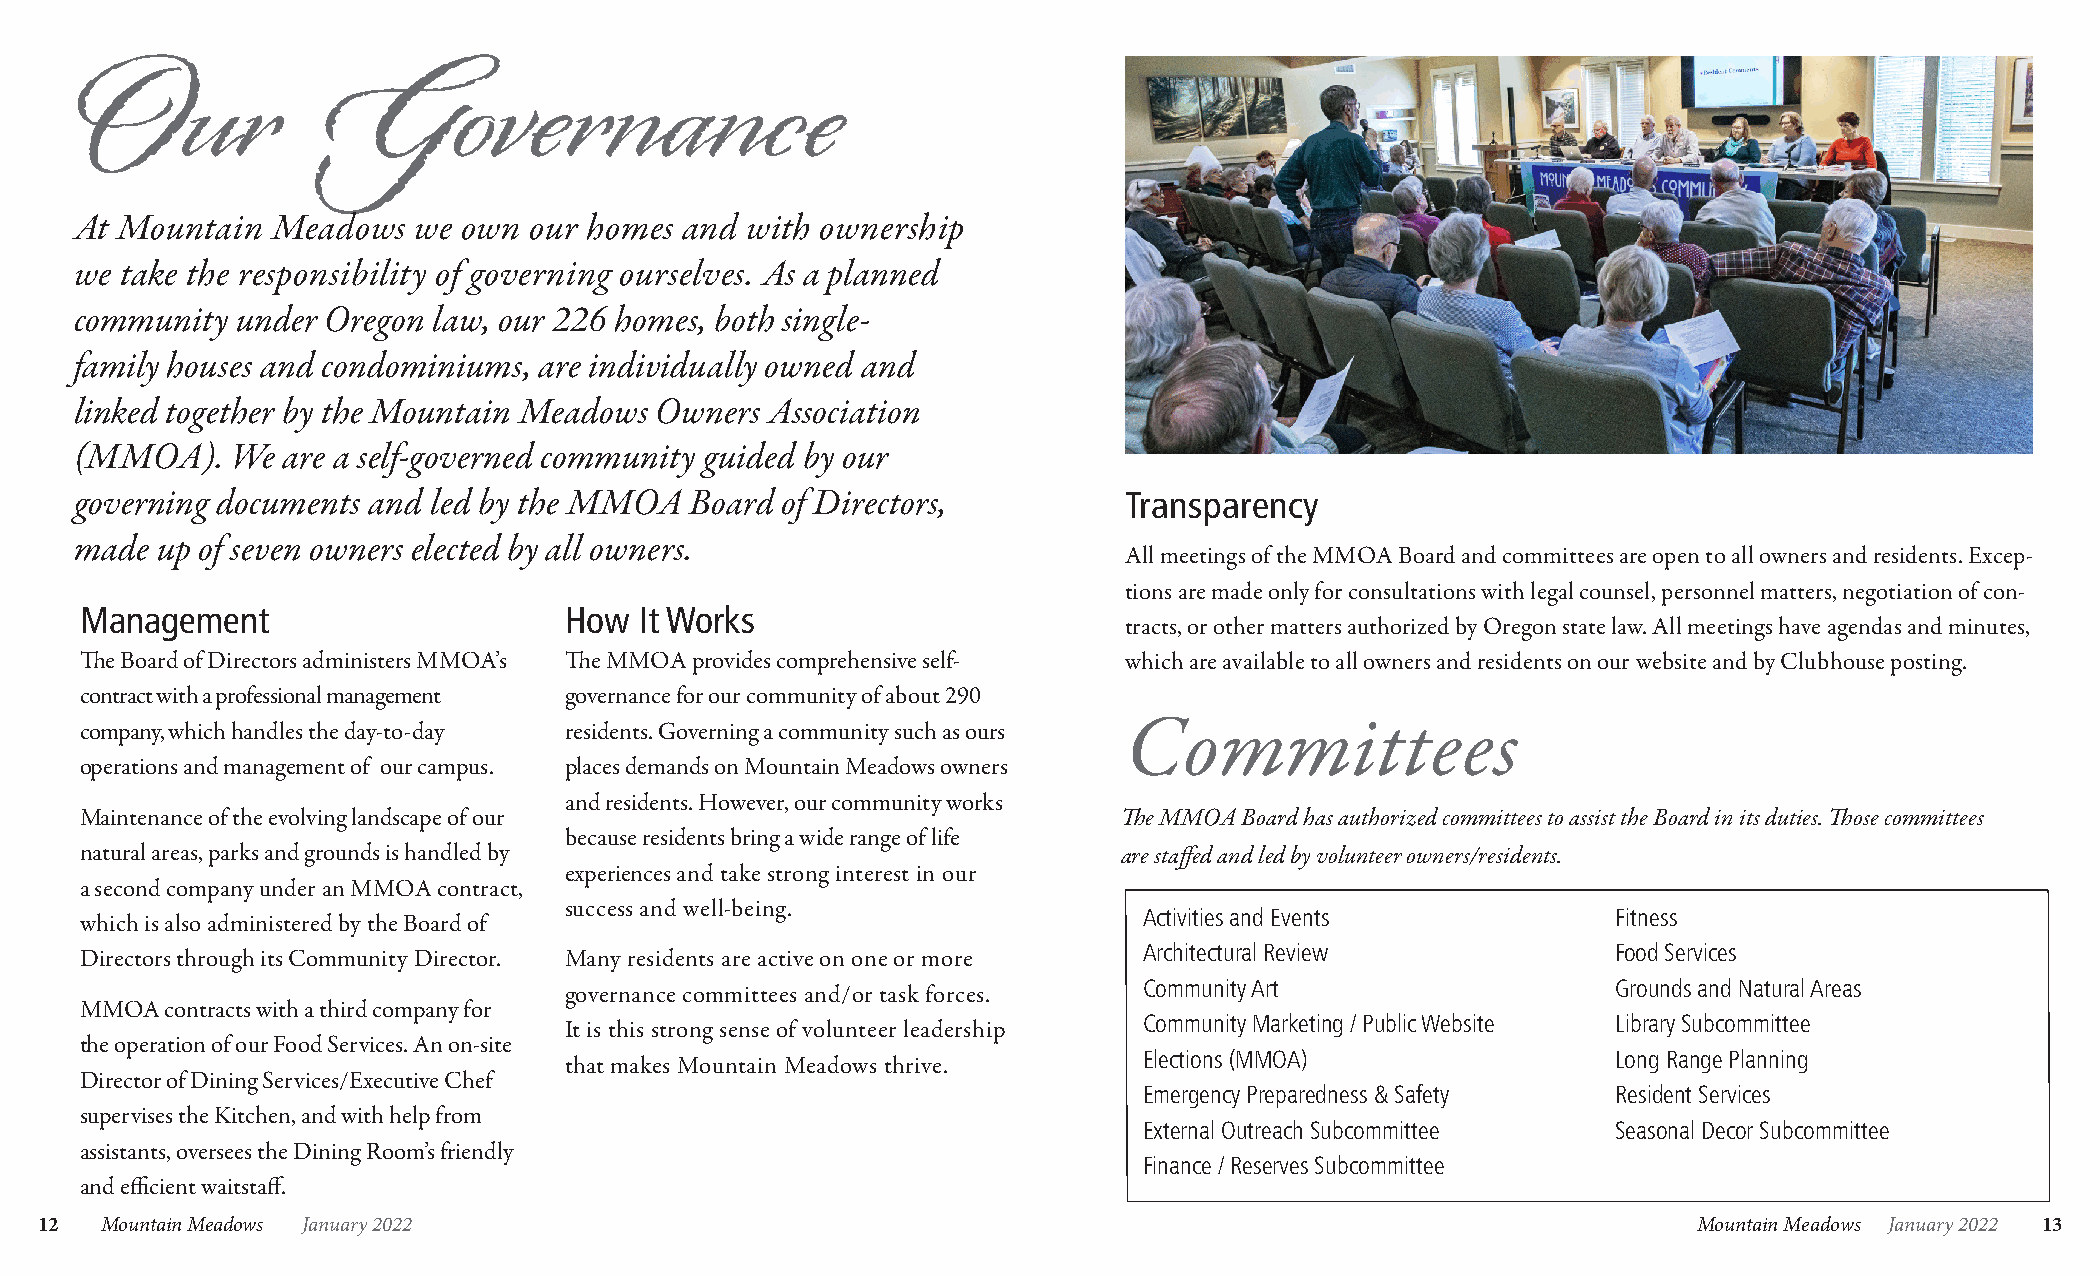
Our            Govern                  an     ce
 At Mountain  Meadows   we own our homes and with ownership
 we take the responsibility of governing ourselves. As a planned
 community  under Oregon law, our 226 homes, both single-
 family houses and condominiums, are individually owned and
 linked together by the Mountain Meadows Owners Association
 (MMOA).   We  are a self-governed community guided by our
 governing documents and led by the MMOA  Board of Directors,         Transparency
 made up of seven owners elected by all owners.
 All meetings of the MMOA Board and committees are open to all owners and residents. Excep-
 tions are made only for consultations with legal counsel, personnel matters, negotiation of con-
 Management                      How  It Works
 tracts, or other matters authorized by Oregon state law. All meetings have agendas and minutes,
 The Board of Directors administers MMOA’s The MMOA provides comprehensive self- which are available to all owners and residents on our website and by Clubhouse posting.
 contract with a professional management governance for our community of about 290
 company, which handles the day-to-day residents. Governing a community such as ours Committees
 operations and management of our campus. places demands on Mountain Meadows owners
 and residents. However, our community works
 Maintenance of the evolving landscape of our                         The MMOA Board has authorized committees to assist the Board in its duties. Those committees
 because residents bring a wide range of life
 natural areas, parks and grounds is handled by                       are staffed and led by volunteer owners/residents.
 experiences and take strong interest in our
 a second company under an MMOA contract,
 success and well-being.
 Activities and Events          Fitness
 which is also administered by the Board of
 Architectural Review           Food Services
 Directors through its Community Director. Many residents are active on one or more
 Community Art                  Grounds and Natural Areas
 governance committees and/or task forces.
 MMOA  contracts with a third company for
 Community Marketing / Public Website Library Subcommittee
 It is this strong sense of volunteer leadership
 the operation of our Food Services. An on-site
 Elections (MMOA)               Long Range Planning
 that makes Mountain Meadows thrive.
 Director of Dining Services/Executive Chef
 Emergency Preparedness & Safety Resident Services
 supervises the Kitchen, and with help from
 External Outreach Subcommittee Seasonal Decor Subcommittee
 assistants, oversees the Dining Room’s friendly
 Finance / Reserves Subcommittee
 and efficient waitstaff.
 12   Mountain Meadows January 2022                                                                            Mountain Meadows January 2022 13